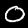
Digit: 0